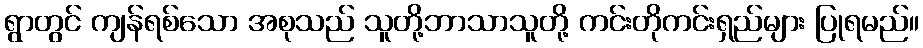
ရွာတွင် ကျန်ရစ်သော အစုသည် သူတို့ဘာသာသူတို့ ကင်းတိုကင်းရှည်များ ပြုရမည်။